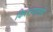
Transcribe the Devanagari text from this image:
किल्ल्यातही